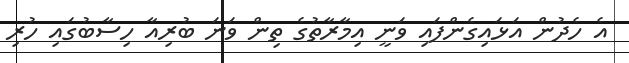
އެ ހެދުން އަޅައިގެންފައި ވަނީ އިމާރާތުގެ ތިން ވަނަ ބުރިއާ ހިސާބުގައި ހުރި